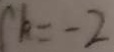
k = - 2